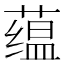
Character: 蕴